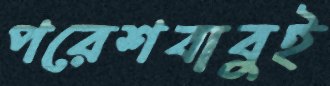
পরেশবাবুই